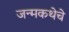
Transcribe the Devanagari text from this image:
जन्मकथेचे